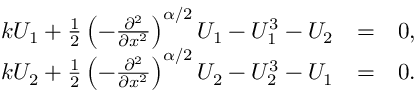
\begin{array} { r l r } { k U _ { 1 } + \frac { 1 } { 2 } \left( - \frac { \partial ^ { 2 } } { \partial x ^ { 2 } } \right) ^ { \alpha / 2 } U _ { 1 } - U _ { 1 } ^ { 3 } - U _ { 2 } } & { = } & { 0 , } \\ { k U _ { 2 } + \frac { 1 } { 2 } \left( - \frac { \partial ^ { 2 } } { \partial x ^ { 2 } } \right) ^ { \alpha / 2 } U _ { 2 } - U _ { 2 } ^ { 3 } - U _ { 1 } } & { = } & { 0 . } \end{array}